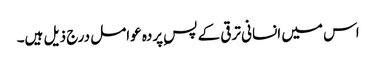
اس میں انسانی ترقی کے پسِ پردہ عوامل درج ذیل ہیں۔